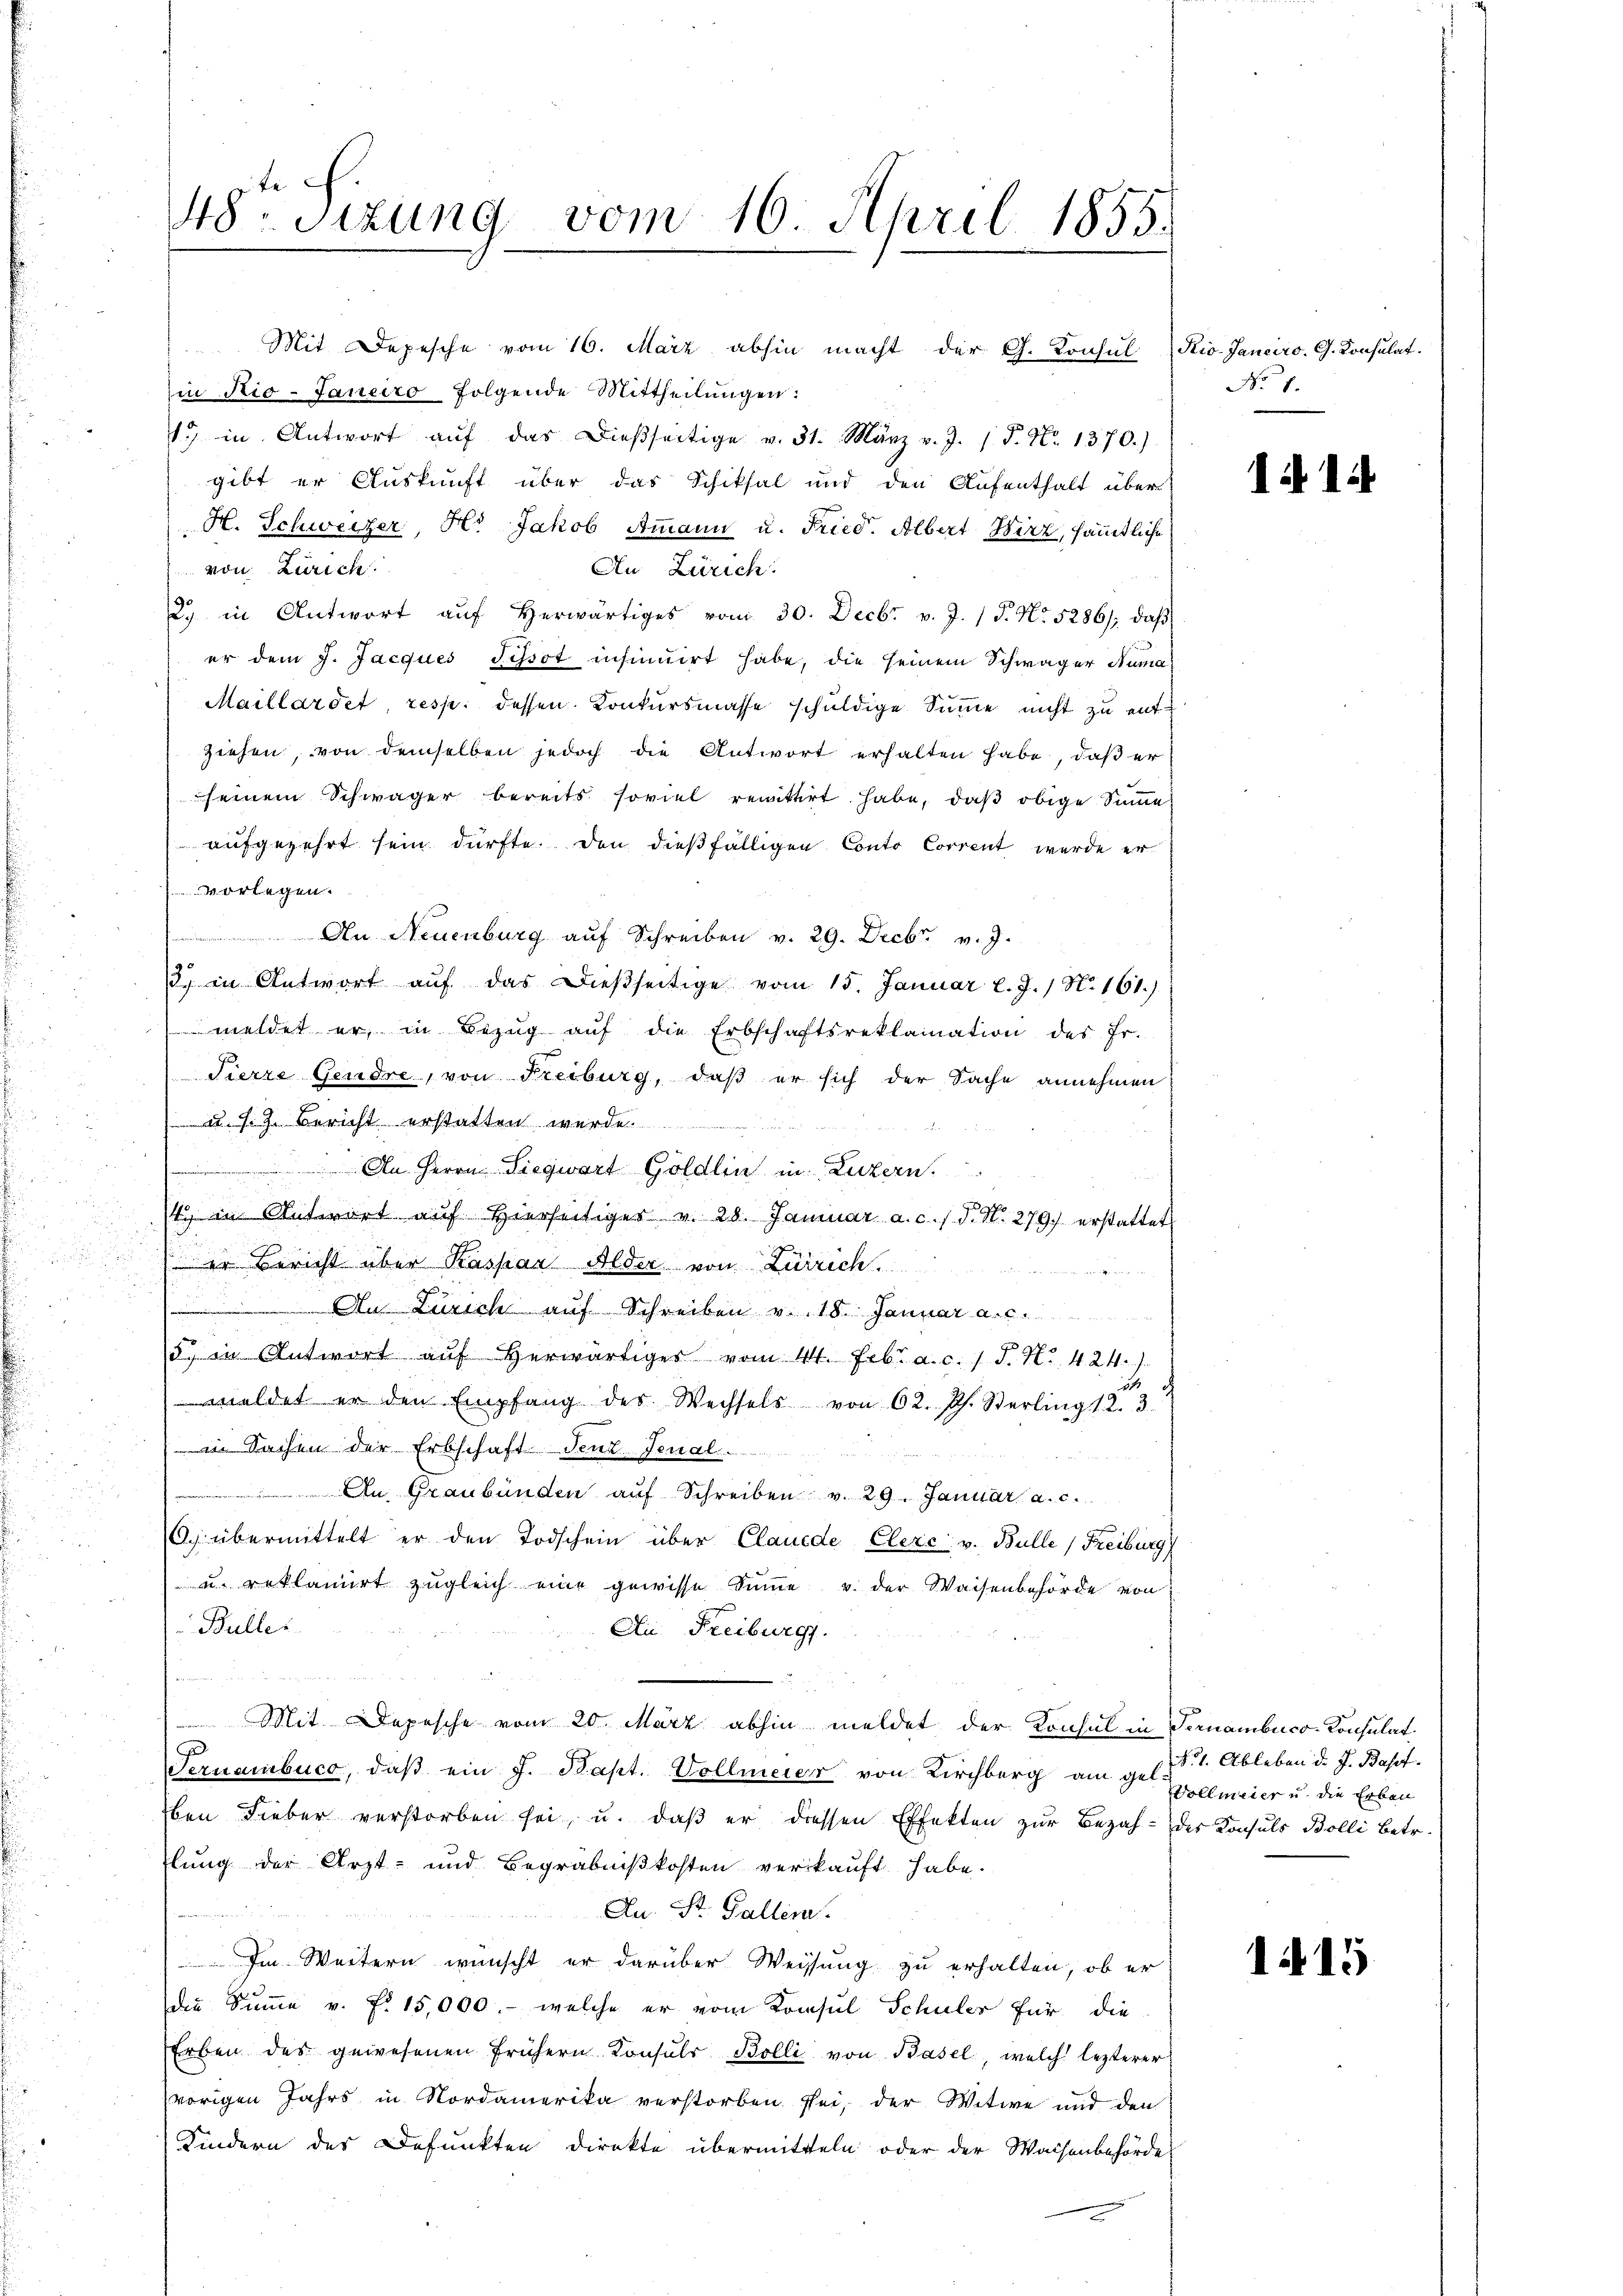
48. Sizung vom 16. April 1855.

in Rio-Janeiro folgende Mittheilŭngen:
1 in Antwort aŭf das dießseitige v. 31. März v. J. 1 S. Nr. 1370.)
gibt er Auskunft über das Schiksal und den Aufenthalt über
H. Schweizer, Hr. Jakob Ammann u. Fried. Albert Wirz, sämmtliche
von Zürich.
An Zürich.
2.) in Antwort aŭf herwärtiges vom 30. Decbr v. J. 1 P. Nr. 5286), daβ
er dem J. Jacques Jehsot insinuirt habe, die seinem Schwäger Numa¬
Maillardet resp. dessen Konkursmasse schuldige Summe nicht zu entziehen, von demselben jedoch die Antwort erhalten habe, daß er
seinem Schwäger bereits soviel remittirt habe, daß obige Summe
aufgezehrt sein dürfte. Den dießfälligen Conto Corrent werde er
vorlegen.
An Neuenburg auf Schreiben v. 29. Decbr. v. J.
3 in Antwort aŭf das dießseitige vom 15. Januar l. J. / N. 161.)
meldet er, in Bezug auf die Erbschaftsreklamation des Fr.
Sierre Gendre, von Freiburg, daß er sich der Sache annehmen
2. s. z. Bericht erstatten werde
An Herrn Siegwart Göldlin in Luzern.
14 in Antwort aŭf hierseitiger v. 28. Januar a. c. s. S. N. 279. erstattet,
Es er Bericht über Kaspar Alder von Zürich.
An Zürich auf Schreiben v. 18. Januar
5. in Antwort aŭf herwärtiger vom 44. Febr. a. c. 1 S. Nr. 424. J
meldet er den Empfang des Wechsels von 62. Ph. Sterling 12. 3.
in Sachen der Erbschaft Penz. Jenal.  ..  .. ..
An Graubünden auf Schreiben v. 29. Januar a. c.
O. übermittelt er den Todschein über Claude Clerc: v. Bulle (Freiburg
 u. reklamirt zŭgleich eine gewisse Summe u. der Waisenbehörde von
Bullet
An Freiburg.
Mit Depesche vom 20. März abhin meldet der Konsul in Fornambuco-Konsulat.
Sernambuco, daβ ein J. Bapt. Vollmeier von Kirchberg am gel:
ben Fieber verstorben sei, u. daβ er dressen Effekten zur Bezah- des Konsuls Bolli betr.
lung der Arzt- und Begräbnißkosten verkauft habe.
Au. St. Gallem.
Im Weitern wünscht er darüber Weisung zu erhalten, ob er
die Summe v. fr. 15,000.- welche er vom Konsul Schuler für die
Erben des gewesenen frühern. Konsŭlr Bolli von Basel, welch lezterer
vorigen Jahrs in Nordamerika verstorben sei, der Witwe und den
Kindern des Defunkten direkte übermitteln oder der Waisenbehörde

Mit Depesche vom 16. März abhin macht der G. Konsul Rio. Janeiro. G. Konsulat.

No 1.

141.

No 1. Ableben d. J. Bapt.
Vollmeier u. die Erben

1415